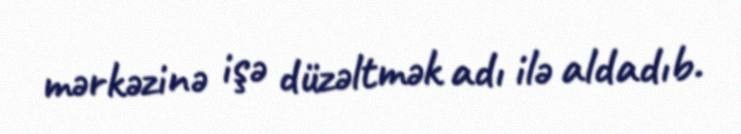
mərkəzinə işə düzəltmək adı ilə aldadıb.